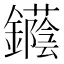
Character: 𨯛